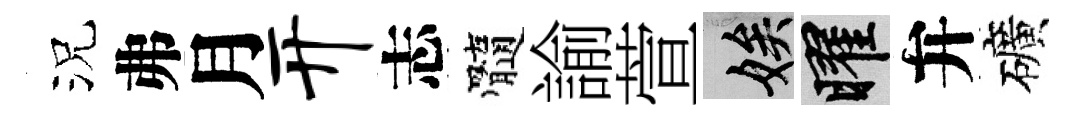
況弗月开志髓諭萱娭曜弁礦